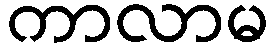
ကာလာမ